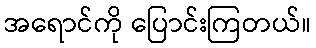
အရောင်ကို ပြောင်းကြတယ်။